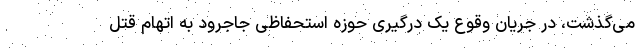
می‌گذشت، در جریان وقوع یک درگیری حوزه استحفاظی جاجرود به اتهام قتل